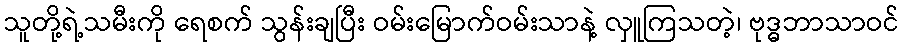
သူတို့ရဲ့သမီးကို ရေစက် သွန်းချပြီး ဝမ်းမြောက်ဝမ်းသာနဲ့ လှူကြသတဲ့၊ ဗုဒ္ဓဘာသာဝင်